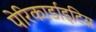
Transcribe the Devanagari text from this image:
पेरिकार्डाइटिस